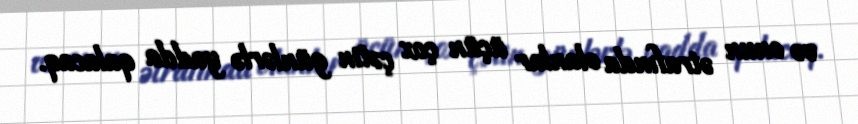
və onun ətrafında olanlar üçün çox çətin günlərlə yadda qalacaq.